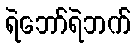
ရဲဘော်ရဲဘက်